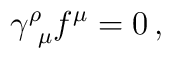
\gamma^\rho_{\ \mu} f^\mu=0\, ,